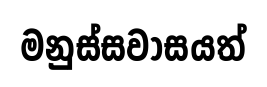
මනුස්සවාසයත්